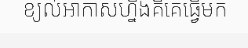
ខ្យល់អាកាសហ្នឹងគឺគេធ្វើមក